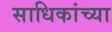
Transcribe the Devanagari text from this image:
साधिकांच्या